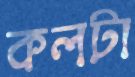
কলটা